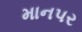
માનપર